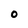
Character: o